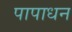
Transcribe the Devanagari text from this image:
पापाधन